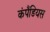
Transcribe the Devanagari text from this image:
कंपैंडियस